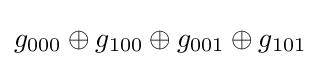
g_{000}\oplus g_{100}\oplus g_{001}\oplus g_{101}